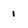
Character: 1